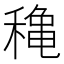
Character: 𥡌